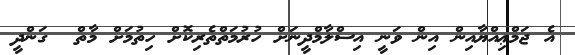
އެ ޖަމްޢިއްޔާއިން އިން ވަނީ އިސްލާމްދީނަށް ހުރުމަތްތެރިކޮށް ހިތުމަށް މާތް  ގަންދީ